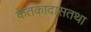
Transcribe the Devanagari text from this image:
केतकादासतथा